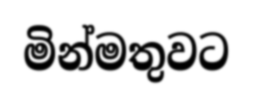
මින්මතුවට